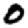
Digit: 0